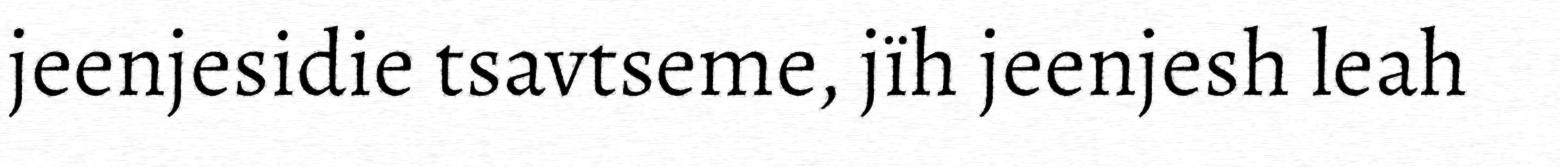
jeenjesidie tsavtseme, jïh jeenjesh leah